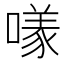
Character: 𱔮